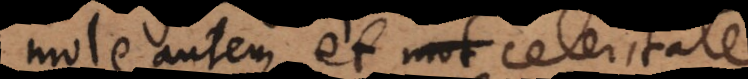
mole autem et mot conatu